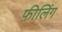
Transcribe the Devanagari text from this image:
फ़ीलिंग